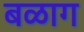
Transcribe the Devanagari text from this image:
बळाग